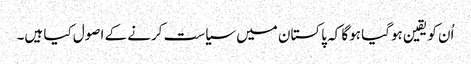
اُن کو یقین ہوگیا ہوگا کہ پاکستان میں سیاست کرنے کے اصول کیا ہیں۔